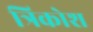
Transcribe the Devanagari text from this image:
त्रिकोश